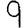
Digit: 9